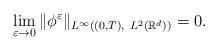
LaTeX: \begin{align*}\lim\limits_{\varepsilon \to 0}\| \phi^\varepsilon \|_{L^{\infty}((0,T),\ L^2(\mathbb R^d) )} = 0.\end{align*}